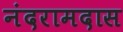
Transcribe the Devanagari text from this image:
नंदरामदास